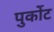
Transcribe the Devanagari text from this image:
पुर्कोट